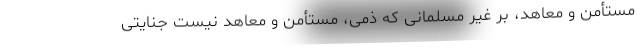
مستأمن و معاهد، بر غیر مسلمانی که ذمی، مستأمن و معاهد نیست جنایتی